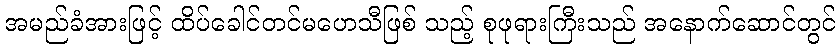
အမည်ခံအားဖြင့် ထိပ်ခေါင်တင်မဟေသီဖြစ် သည့် စုဖုရားကြီးသည် အနောက်ဆောင်တွင်